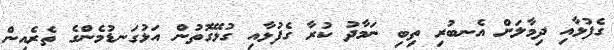
ގެފުޅާއި ދިމާލަށް އެނބުރި ތިބި ނަމާދު ކުރާ ގެފުޅާއި ގުޅޭގޮތުން އަޅުގަނޑުމެންގެ ތެރެއިން